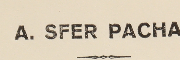
A. SFER PACHA